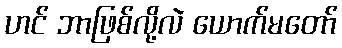
ဟင် ဘာဖြစ်လို့လဲ ယောက်မတော်